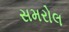
સમરોલ